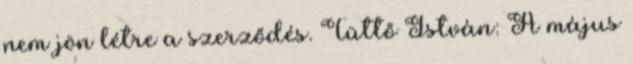
nem jön létre a szerződés. Tüttő István: A május